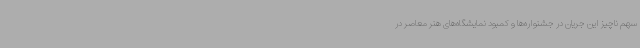
سهم ناچیز این جریان در جشنواره‌ها و کمبود نمایشگاه‌های هنر معاصر در